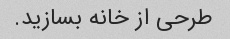
طرحی از خانه بسازید.